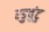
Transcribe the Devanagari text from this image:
एडुबुंटु